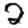
Digit: 2